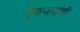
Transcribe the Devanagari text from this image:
गुरुजनांची